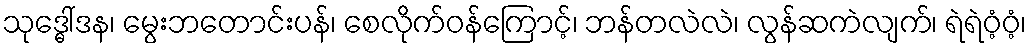
သုဒ္ဓေါ်ဒန၊ မွေးဘတောင်းပန်၊ စေလိုက်ဝန်ကြောင့်၊ ဘန်တလဲလဲ၊ လွန်ဆကဲလျက်၊ ရဲရဲဝံ့ဝံ့၊